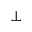
\perp